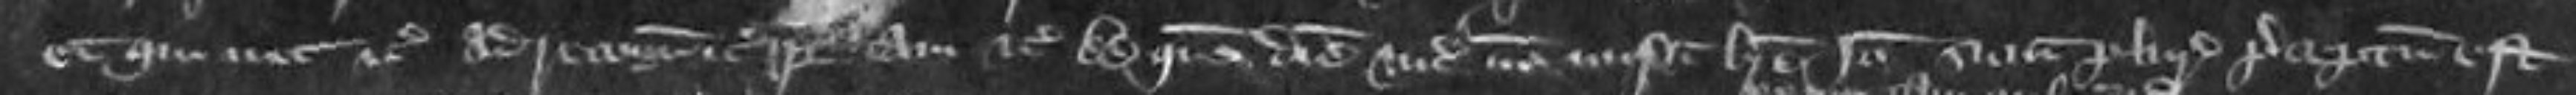
et qui nec etc ad recognoscendum etc quia tam etc Ad quem diem vicecomes non misit breve Ideo sicut pluries preceptum est